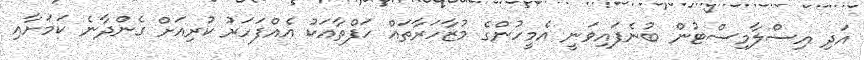
އަދި އިސްލާމިސްޓުން ބުނެފައިވަނީ އެމީހުންގެ މުޒާހަރާތައް ހަފްތާއަކު އެއްފަހަރު ކުރިއަށް ގެންދާނެ ކަމަށާއި